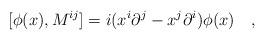
LaTeX: \begin{align*}[ \phi(x), M^{ij} ]=i(x^i {\partial}^j-x^j {\partial}^i)\phi(x)\quad ,\end{align*}